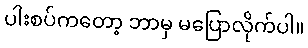
ပါးစပ်ကတော့ ဘာမှ မပြောလိုက်ပါ။